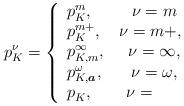
LaTeX: \begin{align*}p^\nu_K=\left\{\begin{array}{lcl} p^m_K, \ \ \ \ \ \ \ \nu=m\\ p^{m+}_K, \ \ \ \nu=m+,\\ p^\infty_{K,m}, \ \ \ \ \nu=\infty, \\ p^\omega_{K,\boldsymbol{a}}, \ \ \ \ \ \nu=\omega, \\ p^{}_K, \ \ \ \ \ \ \nu=\end{array}\right.\end{align*}